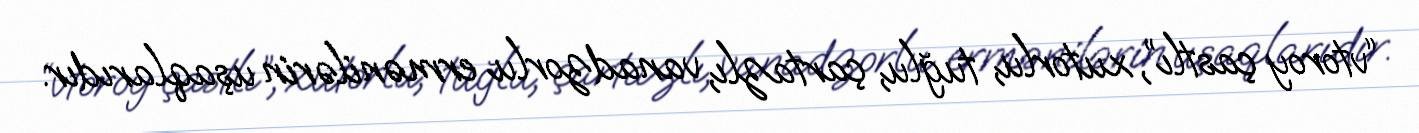
“vtoroy çastlı”, xutorlu, tuğlu, çartazlı, vanadzorlu ermənilərin uşaqlarıdır.